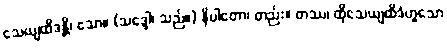
သေယျထိဒန္တိ၊ သော။ (သဒ္ဒေါ၊ သည်။) နိပါတော၊ တည်း။ တဿ၊ ထိုသေယျထိဒံဟူသော